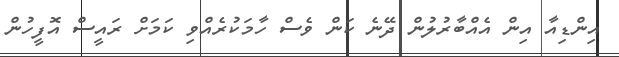
އިންޑިއާ އިން އެއްބާރުލުން ދޭނެ ކަން ވެސް ހާމަކުރެއްވި ކަމަށް ރައީސް އޮފީހުން